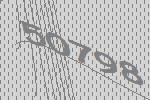
50798